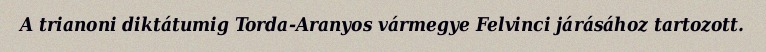
A trianoni diktátumig Torda-Aranyos vármegye Felvinci járásához tartozott.